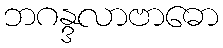
ဘဂန္ဒလာဗာဓော